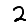
Digit: 2